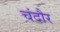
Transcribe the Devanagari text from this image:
चंदौर